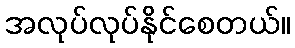
အလုပ်လုပ်နိုင်စေတယ်။